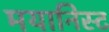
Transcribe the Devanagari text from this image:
मयानिस्ट